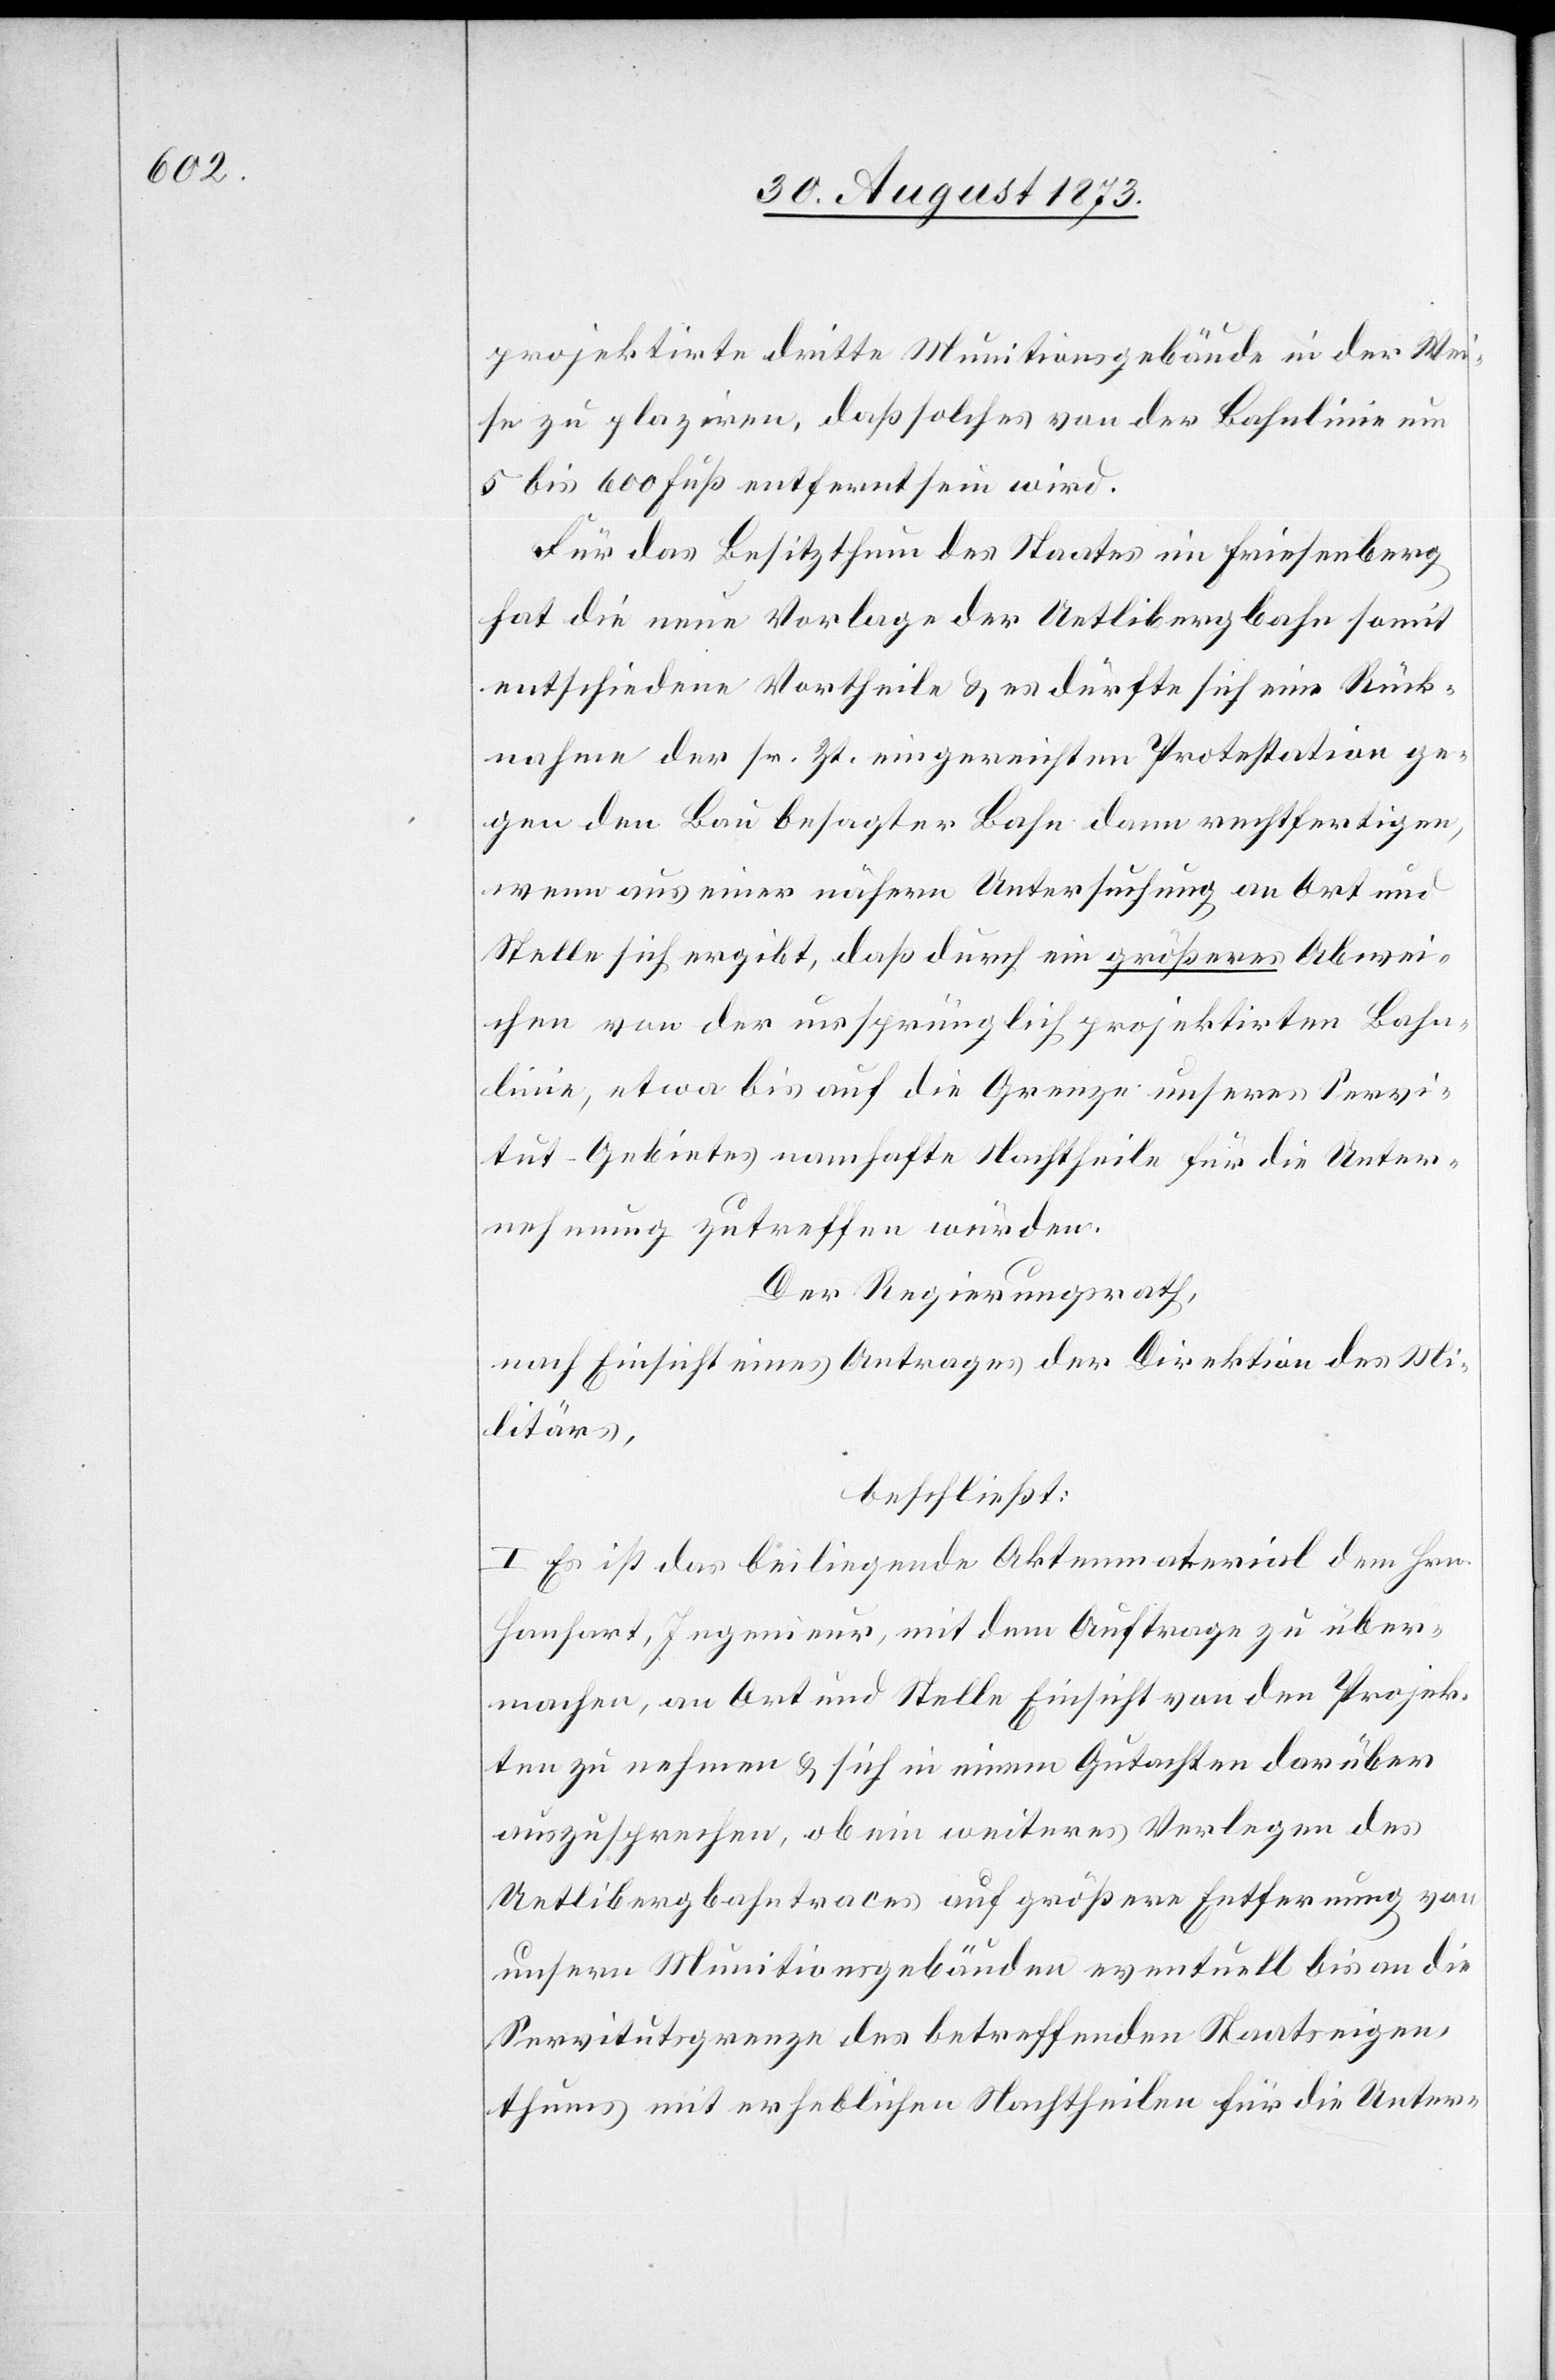
projektirte dritte Munitionsgebäude in der Wei¬
se zu plaziren, daß solches von der Bahnlinie um
5 bis 600 Fuß entfernt sein wird.
Für das Besitzthum des Staates im Friesenberg
hat die neue Vorlage der Uetlibergbahn somit
entschiedene Vortheile & es dürfte sich eine Rück¬
nahme der sr. Zt. eingereichten Protestation ge¬
gen den Bau besagter Bahn dann rechtfertigen,
wenn aus einer nähern Untersuchung an Ort und
Stelle sich ergibt, daß durch ein größeres Abwei¬
chen von der ursprünglich projektirten Bahn¬
linie, etwa bis auf die Grenze unseres Servi¬
tut-Gebietes namhafte Nachtheile für die Unter¬
nehmung zutreffen würden.
Der Regierungsrath,
nach Einsicht eines Antrages der Direktion des Mi¬
litärs,
beschließt:
I. Es ist das beiliegende Aktenmaterial dem Hrn.
Hanhart, Ingenieur, mit dem Auftrage zu über¬
machen, an Ort und Stelle Einsicht von den Projek¬
ten zu nehmen & sich in einem Gutachten darüber
auszusprechen, ob ein weiteres Verlegen des
Uetlibergbahntraces auf größere Entfernung von
unsern Munitionsgebäuden eventuell bis an die
Servitutsgrenze des betreffenden Staatseigen¬
thums mit erheblichen Nachtheilen für die Unter-